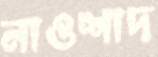
নাওশাদ